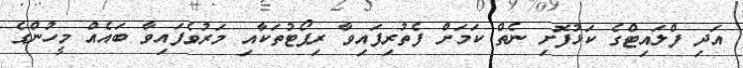
އަދި ފްލައިޓްގެ ކަޅުފޮށި ނެތް ކަމަށް ފެތުރިފައިވާ ރިޕޯޓުތަކާއި މަރުވެފައިވާ ބައެއް މީހުންގެ